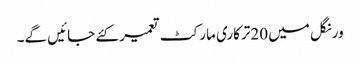
ورنگل میں 20ترکاری مارکٹ تعمیر کئے جائیں گے۔